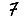
Digit: 7